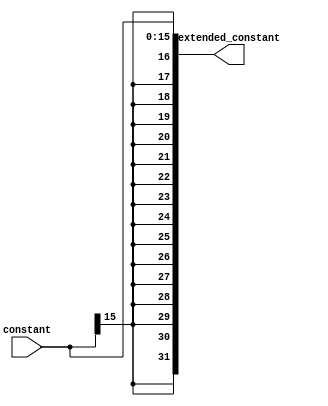
`timescale 1ns / 1ps
//////////////////////////////////////////////////////////////////////////////////
// Company: 
// Engineer: 
// 
// Design Name: 
// Module Name:    Sig_Extension 
// Project Name: 
// Target Devices: 
// Tool versions: 
// Description: 
//
// Dependencies: 
//
// Revision: 
// Revision 0.01 - File Created
// Additional Comments: 
//
//////////////////////////////////////////////////////////////////////////////////
module Sign_Extension(constant,extended_constant);

input[15:0] constant;
output reg [31:0] extended_constant;
always@(*)begin
   extended_constant = {{16{constant[15]}}, constant};
end
endmodule